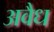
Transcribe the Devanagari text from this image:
अवैध